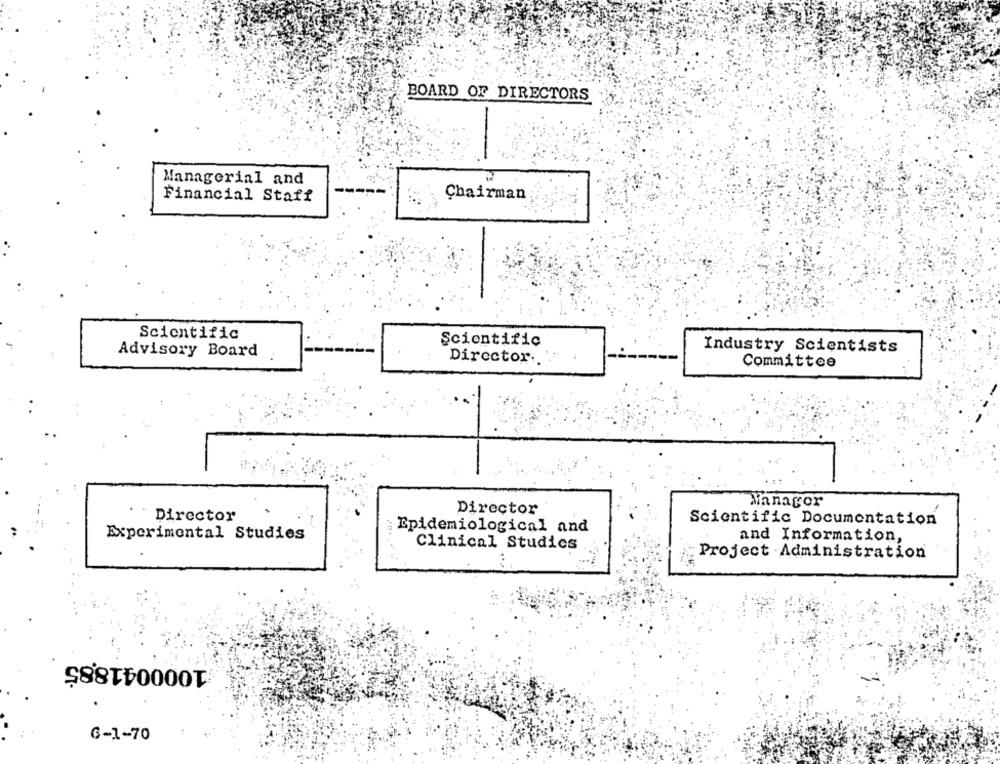
BOARD OF DIRECTORS
Managerial and
Financial Staff
Chairman
Scientific
Scientific
Industry Scientists
Advisory Board
Director.
Committee
Manager
Director
Director
Scientific Documentation
Experimental Studies
Epidemiological and
and Information,
Clinical Studies
Project -Administration
1000041885
G-1-70